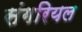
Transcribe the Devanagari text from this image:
संगरियल